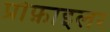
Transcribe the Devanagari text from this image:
प्रोफ़ाइलर